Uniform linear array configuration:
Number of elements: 64
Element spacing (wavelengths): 0.5
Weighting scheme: cosine
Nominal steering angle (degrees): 15
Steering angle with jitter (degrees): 13.365
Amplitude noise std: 0.05
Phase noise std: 0.05

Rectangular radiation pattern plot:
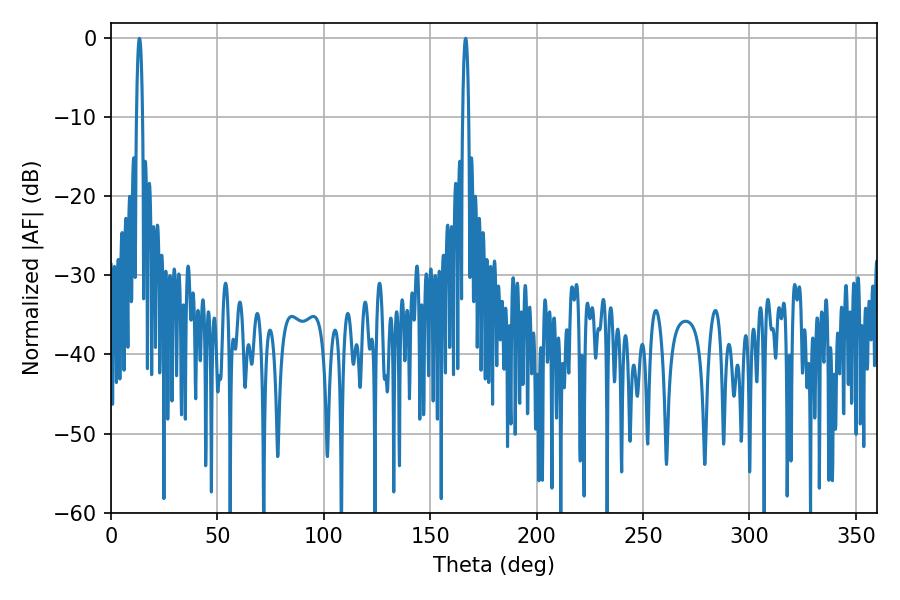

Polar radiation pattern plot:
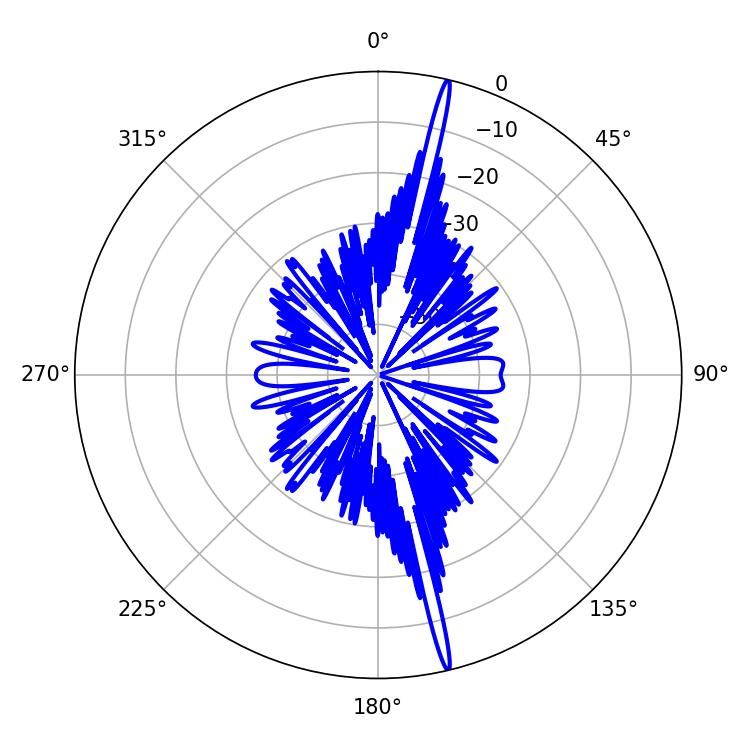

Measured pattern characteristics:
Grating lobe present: FALSE
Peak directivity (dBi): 21.253
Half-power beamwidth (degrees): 1.62
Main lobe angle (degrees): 13.32